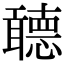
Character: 聼